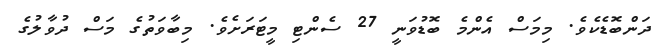
ދަންބޮޑެކެވެ. މިމަސް އެންމެ ބޮޑުވަނީ 27 ސެންޓި މީޓަރަށެވެ. މިބާވަތުގެ މަސް ދުވާލުގެ